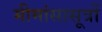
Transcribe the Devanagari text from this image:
मीमांसासूत्रों